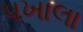
પખાલા